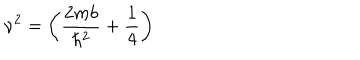
LaTeX: \nu ^ { 2 } = \left( \frac { 2 m b } { \hbar ^ { 2 } } + \frac { 1 } { 4 } \right)